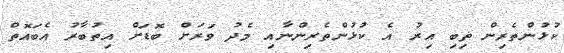
ކުޅުންތެރިން ތިބި އިރު އެ ކުޅުންތެރިންނާއި މެދު ވަރަށް ބޮޑަށް އިތުބާރު އެބައޮތް